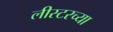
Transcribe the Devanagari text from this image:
लीस्टरच्या